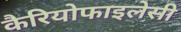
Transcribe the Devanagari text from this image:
कैरियोफाइलेसी